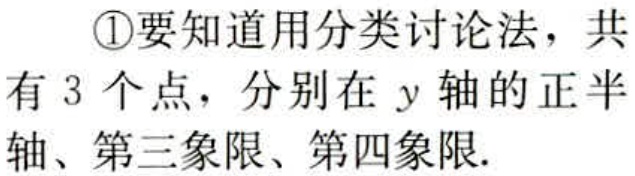
\textcircled{1}要知道用分类讨论法，共有 3 个点，分别在 \(y\) 轴的正半轴、第三象限、第四象限.